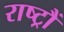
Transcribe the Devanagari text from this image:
राष्ट्रौं